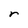
Character: r